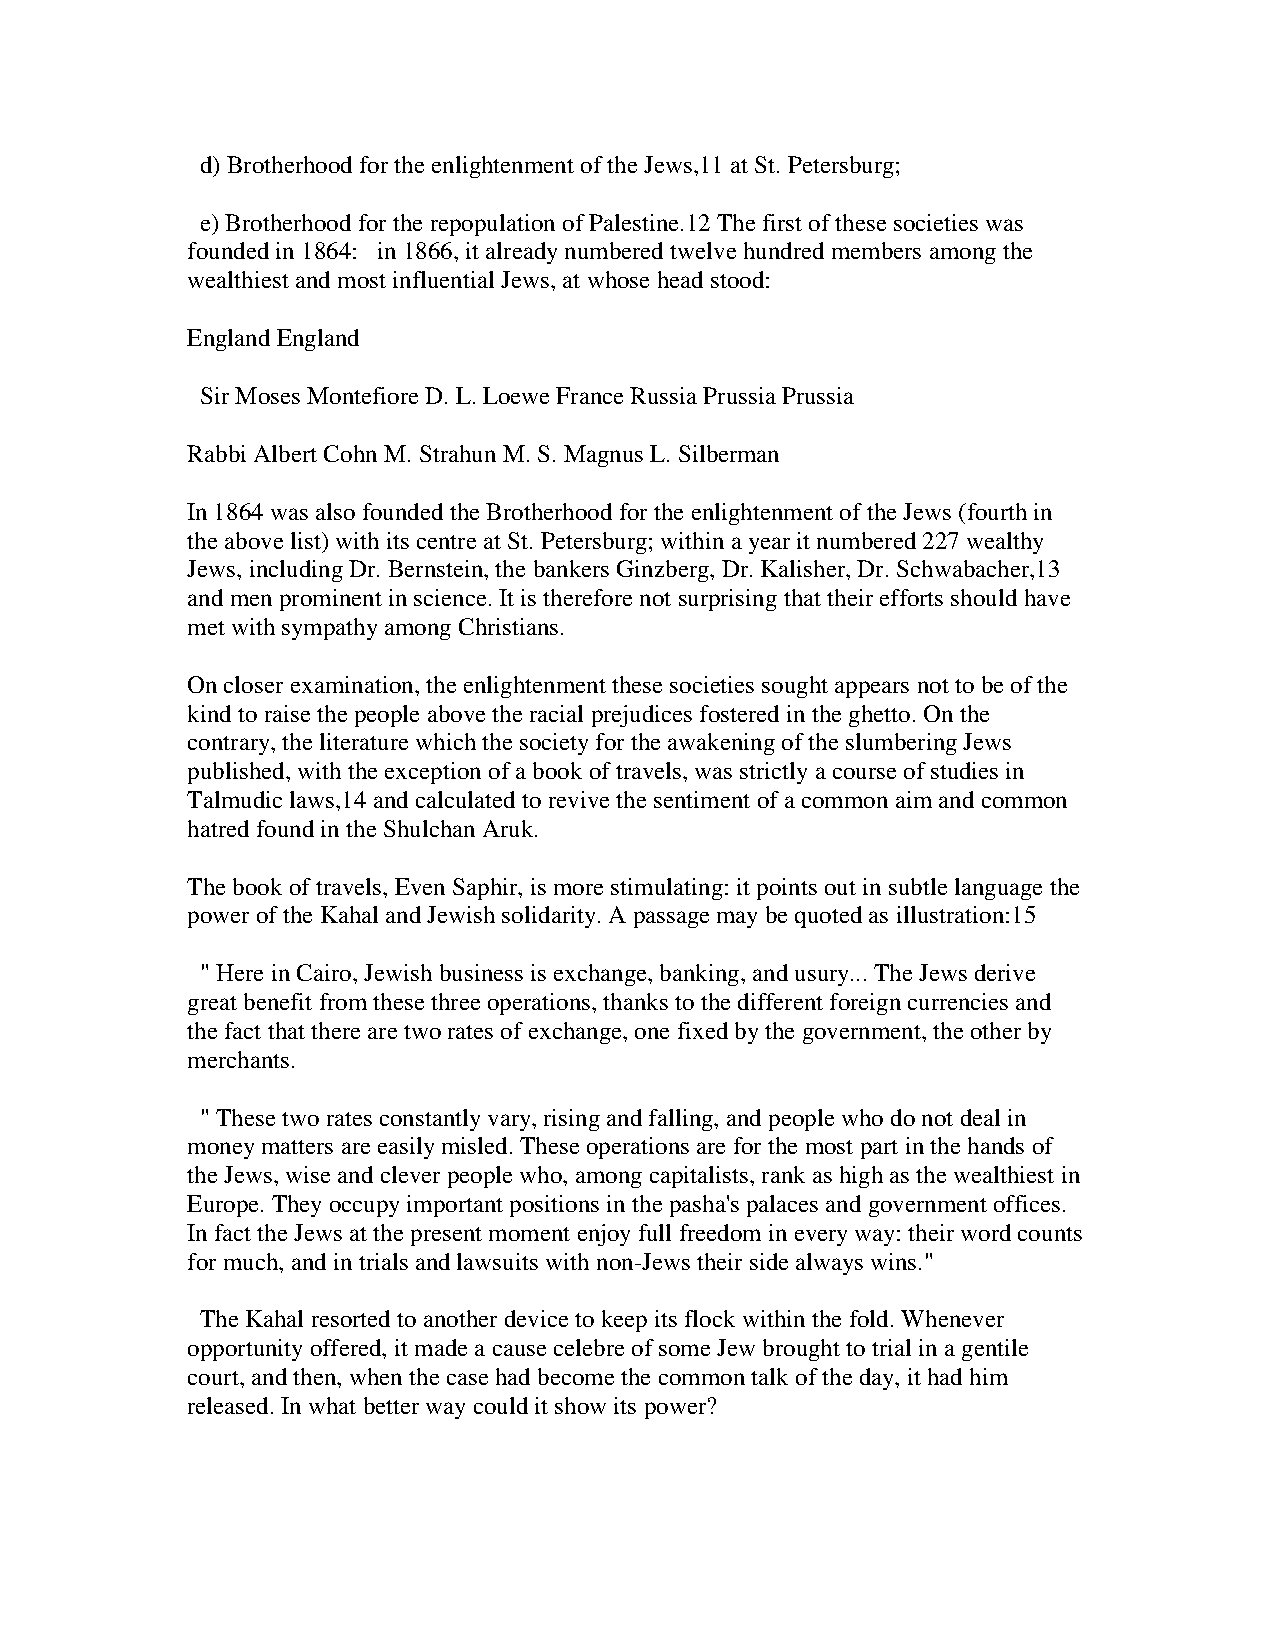
d) Brotherhood for the enlightenment of the Jews,11 at St. Petersburg;
 e) Brotherhood for the repopulation of Palestine.12 The first of these societies was
 founded in 1864: in 1866, it already numbered twelve hundred members among the
 wealthiest and most influential Jews, at whose head stood:
 England England
 Sir Moses Montefiore D. L. Loewe France Russia Prussia Prussia
 Rabbi Albert Cohn M. Strahun M. S. Magnus L. Silberman
 In 1864 was also founded the Brotherhood for the enlightenment of the Jews (fourth in
 the above list) with its centre at St. Petersburg; within a year it numbered 227 wealthy
 Jews, including Dr. Bernstein, the bankers Ginzberg, Dr. Kalisher, Dr. Schwabacher,13
 and men prominent in science. It is therefore not surprising that their efforts should have
 met with sympathy among Christians.
 On closer examination, the enlightenment these societies sought appears not to be of the
 kind to raise the people above the racial prejudices fostered in the ghetto. On the
 contrary, the literature which the society for the awakening of the slumbering Jews
 published, with the exception of a book of travels, was strictly a course of studies in
 Talmudic laws,14 and calculated to revive the sentiment of a common aim and common
 hatred found in the Shulchan Aruk.
 The book of travels, Even Saphir, is more stimulating: it points out in subtle language the
 power of the Kahal and Jewish solidarity. A passage may be quoted as illustration:15
 " Here in Cairo, Jewish business is exchange, banking, and usury... The Jews derive
 great benefit from these three operations, thanks to the different foreign currencies and
 the fact that there are two rates of exchange, one fixed by the government, the other by
 merchants.
 " These two rates constantly vary, rising and falling, and people who do not deal in
 money matters are easily misled. These operations are for the most part in the hands of
 the Jews, wise and clever people who, among capitalists, rank as high as the wealthiest in
 Europe. They occupy important positions in the pasha's palaces and government offices.
 In fact the Jews at the present moment enjoy full freedom in every way: their word counts
 for much, and in trials and lawsuits with non-Jews their side always wins."
 The Kahal resorted to another device to keep its flock within the fold. Whenever
 opportunity offered, it made a cause celebre of some Jew brought to trial in a gentile
 court, and then, when the case had become the common talk of the day, it had him
 released. In what better way could it show its power?